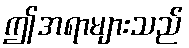
ဤအရာများသည်